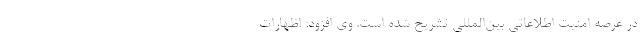
در عرصه امنیت اطلاعاتی بین‌المللی تشریح شده است. وی افزود: اظهارات